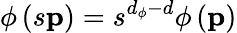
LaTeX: \phi\left(s{\mathbf p}\right)=s^{d_{\phi}-d}\phi\left({\mathbf p}\right)